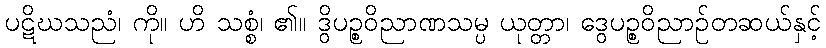
ပဋိဃသညံ၊ ကို။ ဟိ သစ္စံ၊ ၏။ ဒွိပဉ္စဝိညာဏသမ္ပ ယုတ္တာ၊ ဒွေပဉ္စဝိညာဉ်တဆယ်နှင့်